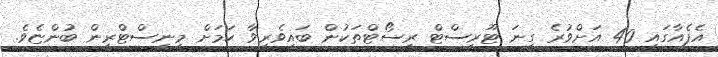
އެފެއާގައި 40 އަށްވުރެ ގިނަ ޓޫރިސްޓް ރިސޯޓްތަކުން ބައިވެރިވާ ކަމަށް މިނިސްޓްރީން ބުންޏެވެ.